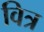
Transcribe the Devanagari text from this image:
वित्र